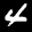
Label: 4